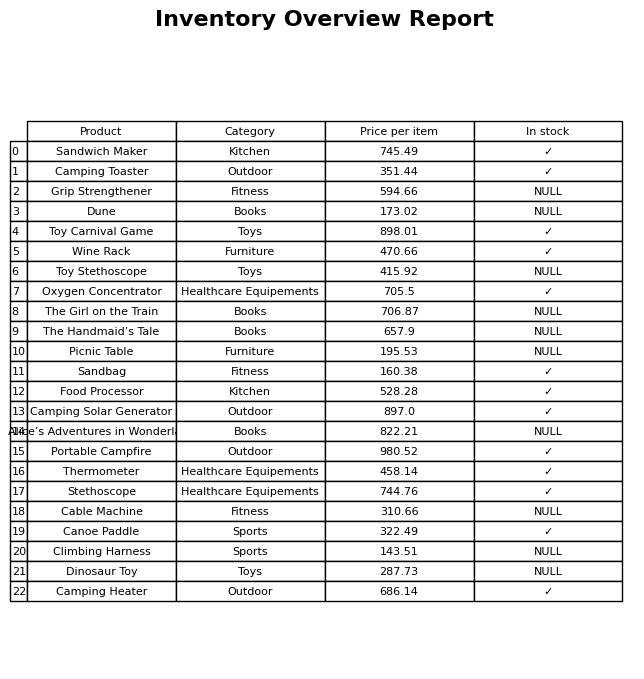
question: What is the price of the The Girl on the Train?
answer: The price of The Girl on the Train is 706.87.